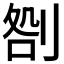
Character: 𠝪